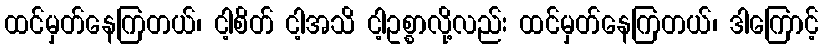
ထင်မှတ်နေကြတယ်၊ ငါ့စိတ် ငါ့အသိ ငါ့ဥစ္စာလို့လည်း ထင်မှတ်နေကြတယ်၊ ဒါကြောင့်